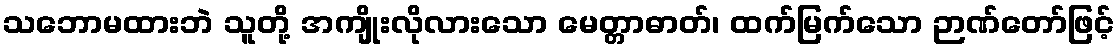
သဘောမထားဘဲ သူတို့ အကျိုးလိုလားသော မေတ္တာဓာတ်၊ ထက်မြက်သော ဉာဏ်တော်ဖြင့်